system: You are a helpful assistant.
user:
Analyze the provided spectrum to determine if it is a **"Cataclysmic Variables (CV)"**.

- **Key Indicators for CV (Check for either state):**
    - **State 1: Quiescent / Low-State (Emission-Dominated)**
        - **(Primary):** Strong and *very broad* Hydrogen Balmer emission lines (e.g., $H\alpha$ at 6563 Å, $H\beta$ at 4861 Å). The 'broadness' (high velocity dispersion, often FWHM > 1000 km/s) is the key diagnostic, indicating a high-velocity accretion disk.
        - **(Secondary):** Broad neutral Helium (He I) emission lines (e.g., 5876 Å, 6678 Å).
        - **(Key Confirmation):** Presence of high-excitation *ionized* Helium (He II) emission at 4686 Å. This is a strong indicator of accretion onto a white dwarf.
        - **(Line Profile):** Emission lines may exhibit a 'double-peaked' profile, which is a classic signature of a rotating accretion disk viewed at high inclination.

    - **State 2: Outburst / High-State (Absorption-Dominated)**
        - **(Primary):** Spectrum is dominated by a bright, blue continuum (looks like a hot star).
        - **(Secondary):** The emission lines from State 1 are weak, absent, or 'filled in', and are replaced by broad, shallow *absorption* lines (primarily Balmer and He I).
        - **(Morphology):** The overall spectrum mimics a hot B/A-type star. The crucial difference is that the absorption lines are significantly broader, shallower, and more 'washed-out' (or 'smeared') than the sharp lines of a normal stellar photosphere, due to high rotational speeds and pressure broadening in the disk.

Think first, call **spectral_visualization_tool** if needed to examine features in detail, then provide your final answer. Your response must adhere to the following strict rules:
1.  **Overall Structure:** Your response must follow the format `<think>...</think> <tool_call>...</tool_call> (if a tool is used) <answer>...</answer>`.
2.  **Tool Usage Constraint:** You may only make **one** tool call per turn.
3.  **Final Answer Format:** In the `<answer>` tag, your conclusion must be inside a `\boxed{}` command (e.g., `\boxed{YES}`), followed by your justification.

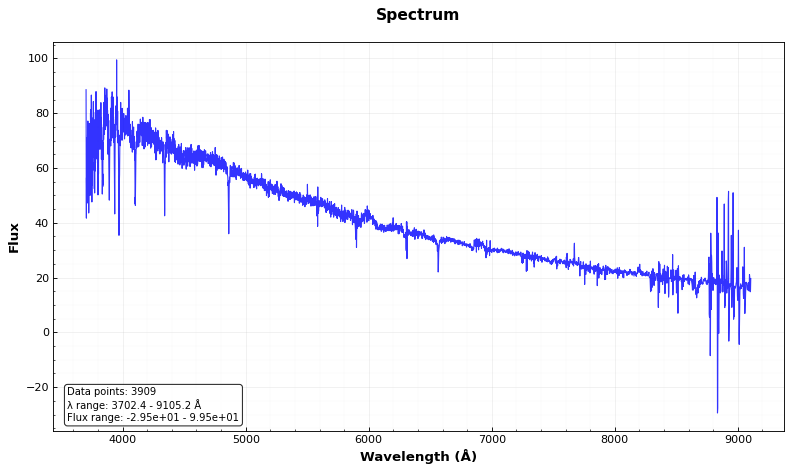
Answer: NO